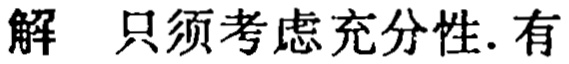
解 只须考虑充分性. 有